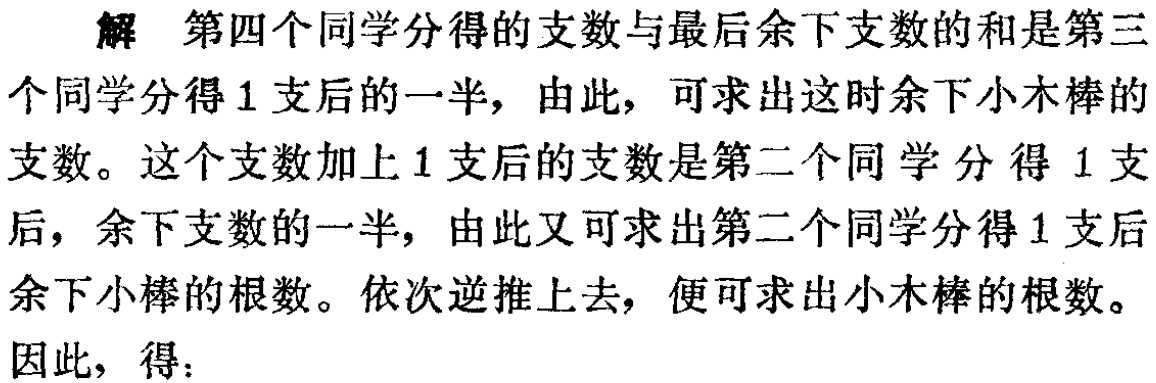
解 第四个同学分得的支数与最后余下支数的和是第三个同学分得 1 支后的一半，由此，可求出这时余下小木棒的支数。这个支数加上 1 支后的支数是第二个同学分得 1 支后，余下支数的一半，由此又可求出第二个同学分得 1 支后余下小棒的根数。依次逆推上去，便可求出小木棒的根数。

因此，得：